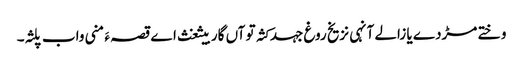
وختے مڑدے یا زالے آنہی نزیخ روغ جہد کثہ تو آں گار بیثغث اے قصہ ءَ منی واب پلثہ۔